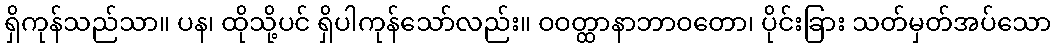
ရှိကုန်သည်သာ။ ပန၊ ထိုသို့ပင် ရှိပါကုန်သော်လည်း။ ဝဝတ္ထာနာဘာဝတော၊ ပိုင်းခြား သတ်မှတ်အပ်သော